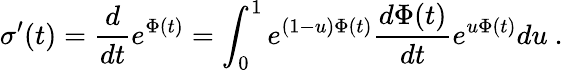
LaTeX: \sigma^{\prime}(t)={\frac{d}{dt}}e^{\Phi(t)}=\int_{0}^{1}e^{(1-u)\Phi(t)}{\frac{d\Phi(t)}{dt}}e^{u\Phi(t)}du\ .